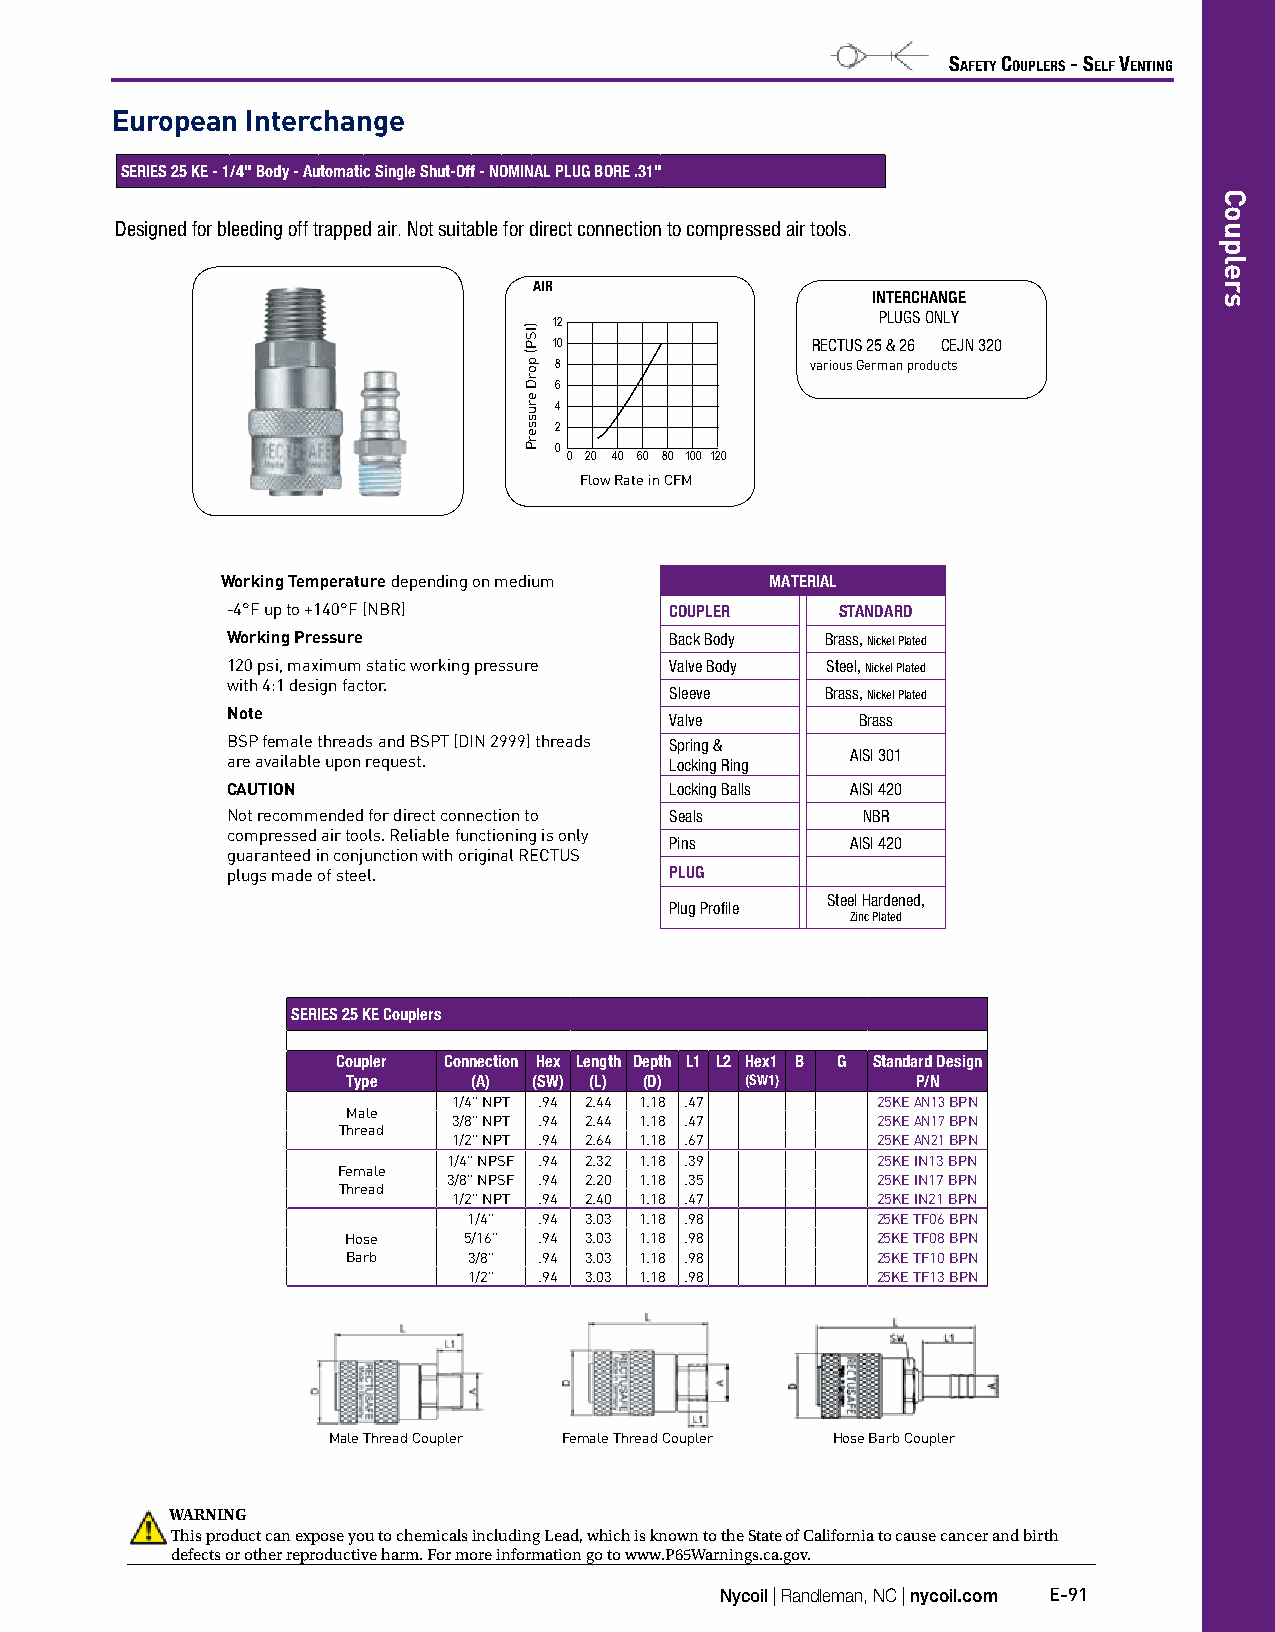
Safety CouplerS - Self Venting
 European Interchange
 SERIES 25 KE - 1/4" Body - Automatic Single Shut-Off - NOMINAL PLUG BORE .31"
 Designed for bleeding off trapped air. Not suitable for direct connection to compressed air tools.
 AIR
 INTERCHANGE
 PLUGS ONLY
 12
 10               RECTUS 25 & 26 CEJN 320
 8                various German products
 6
 4
 2
 0
 0 20 40 60 80 100 120
 Flow Rate in CFM
 Working Temperature depending on medium MATERIAL
 -4°F up to +140°F (NBR)      COUPLER     STANDARD
 Working Pressure             Back Body  Brass, Nickel Plated
 120 psi, maximum static working pressure Valve Body Steel, Nickel Plated
 with 4:1 design factor.
 Sleeve     Brass, Nickel Plated
 Note
 Valve        Brass
 BSP female threads and BSPT (DIN 2999) threads Spring &
 AISI 301
 are available upon request.  Locking Ring
 CAUTION                      Locking Balls AISI 420
 Not recommended for direct connection to Seals NBR
 compressed air tools. Reliable functioning is only
 Pins        AISI 420
 guaranteed in conjunction with original RECTUS
 plugs made of steel.         PLUG
 Steel Hardened,
 Plug Profile
 Zinc Plated
 SERIES 25 KE Couplers
 Coupler Connection Hex Length Depth L1 L2 Hex1 B G Standard Design
 Type    (A) (SW) (L) (D)  (SW1)       P/N
 1/4" NPT .94 2.44 1.18 .47  25KE AN13 BPN
 Male
 3/8" NPT .94 2.44 1.18 .47  25KE AN17 BPN
 Thread
 1/2" NPT .94 2.64 1.18 .67  25KE AN21 BPN
 1/4" NPSF .94 2.32 1.18 .39 25KE IN13 BPN
 Female
 3/8" NPSF .94 2.20 1.18 .35 25KE IN17 BPN
 Thread
 1/2" NPT .94 2.40 1.18 .47  25KE IN21 BPN
 1/4" .94 3.03 1.18 .98     25KE TF06 BPN
 Hose    5/16" .94 3.03 1.18 .98    25KE TF08 BPN
 Barb    3/8" .94 3.03 1.18 .98     25KE TF10 BPN
 1/2" .94 3.03 1.18 .98     25KE TF13 BPN
 Male Thread Coupler Female Thread Coupler Hose Barb Coupler
 WARNING
 This product can expose you to chemicals including Lead, which is known to the State of California to cause cancer and birth
 defects or other reproductive harm. For more information go to www.P65Warnings.ca.gov.
 Nycoil | Randleman, NC | nycoil.com E-91
 )ISP(
 porD
 erusserP
 Couplers